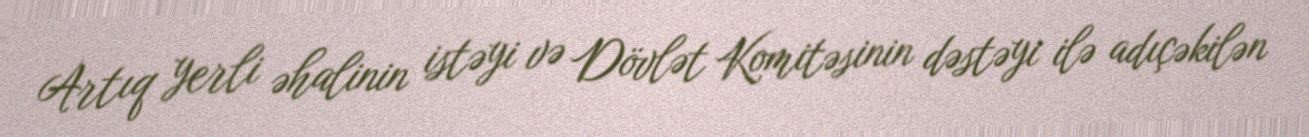
Artıq yerli əhalinin istəyi və Dövlət Komitəsinin dəstəyi ilə adıçəkilən